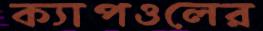
ক্যাপওলের